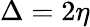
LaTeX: \Delta=2\eta